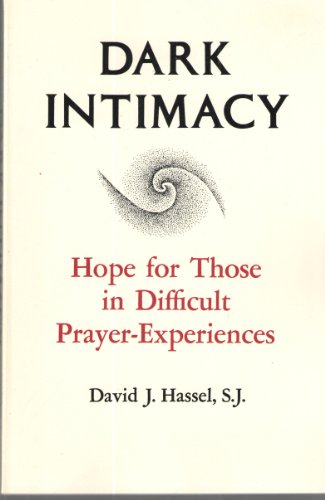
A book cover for Dark Intimacy: Hope for Those in Difficult Prayer-Experiences; David J. Hassel; Religion & Spirituality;